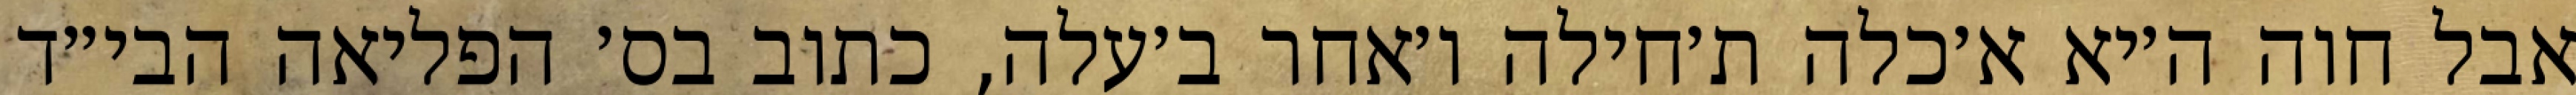
אבל חוה ה׳יא א׳כלה ת׳חילה ו׳אחר ב׳עלה, כתוב בס׳ הפליאה הבי״ד